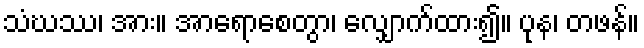
သံဃဿ၊ အား။ အာရောစေတွာ၊ လျှောက်ထား၍။ ပုန၊ တဖန်။